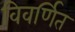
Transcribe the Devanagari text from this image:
विवर्णित